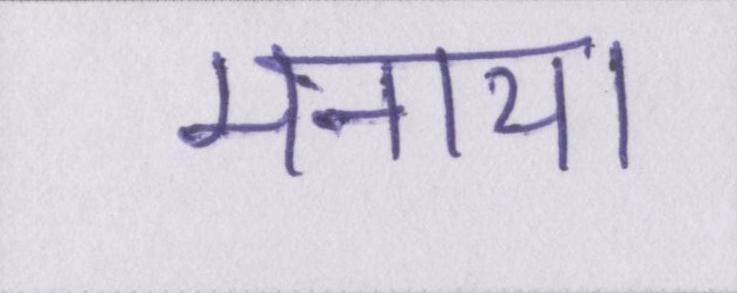
मनाया